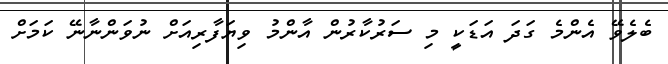
ބެލެވޭ އެންމެ ގަދަ އަޑަކީ މި ސަރުކާރުން އާންމު ވިޔަފާރިއަށް ނުވަންނާނޭ ކަމަށް